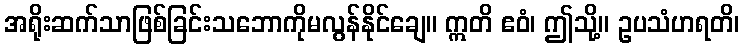
အရိုးဆက်သာဖြစ်ခြင်းသဘောကိုမလွန်နိုင်ချေ။ ဣတိ ဧဝံ၊ ဤသို့။ ဥပသံဟရတိ၊